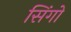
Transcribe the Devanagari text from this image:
सिंगो